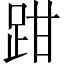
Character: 𫏄